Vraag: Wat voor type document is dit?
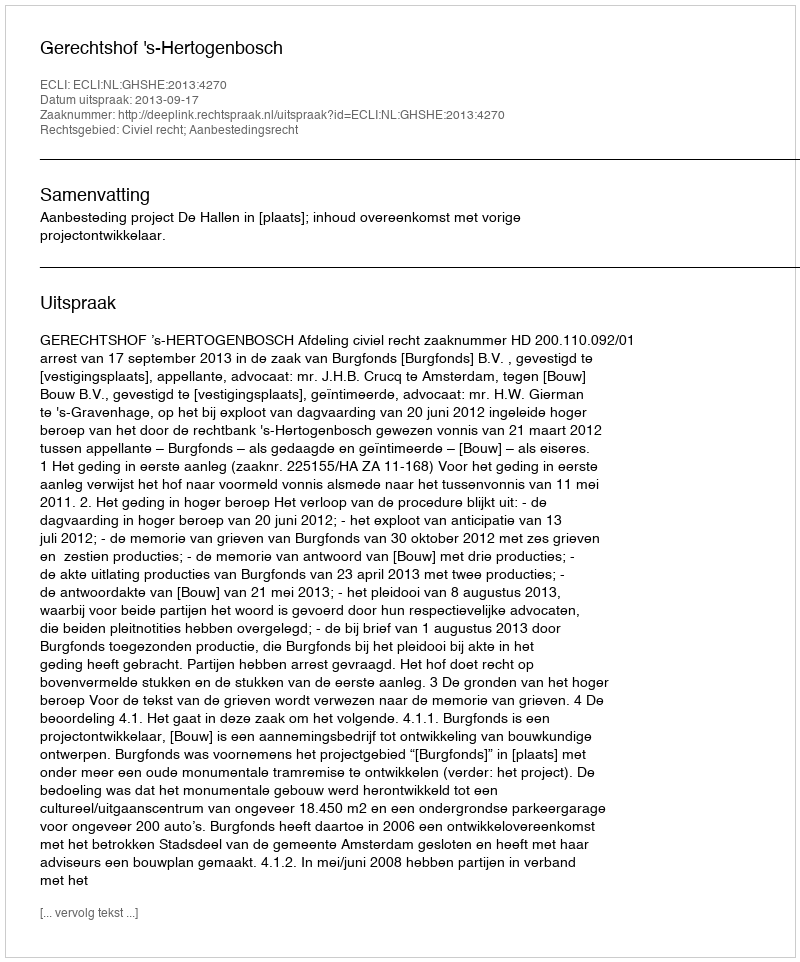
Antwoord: Uitspraak